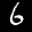
Label: 6